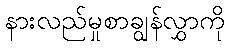
နားလည်မှုစာချွန်လွှာကို